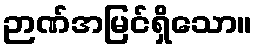
ဉာဏ်အမြင်ရှိသော။